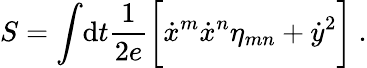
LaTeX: S=\int\! \mathrm{d}t{\frac{{1}}{{2e}}}\biggl[{\dot{{x}}}^{m}{\dot{{x}}}^{n}\eta_{mn}+{\dot{{y}}}^{2}\biggr]\ .